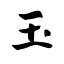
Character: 玉